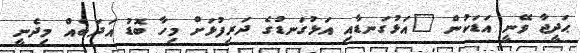
ޙަދީޖާ ވޭނީ އަޑަކުން "އަޅުގަނޑާއި އަޅުގަނޑުގެ ދަރިފުޅަށް މިހާ ބޮޑު އަދަބެއް މިދެނީ